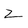
Character: Z